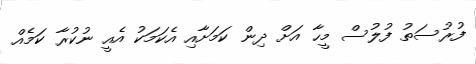
ފުރުސަތު ފުލުސް މީހާ އަށް ދިން ކަމަށާއި އެކަމަކު އެއީ ނުކުރާ ކަމެއް